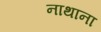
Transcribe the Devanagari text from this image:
नाथाना